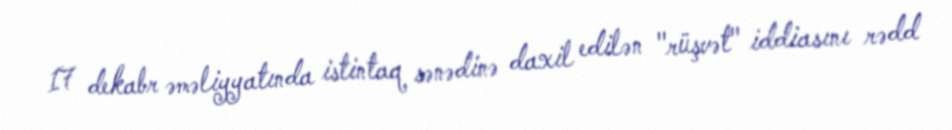
17 dekabr əməliyyatında istintaq sənədinə daxil edilən "rüşvət" iddiasını rədd